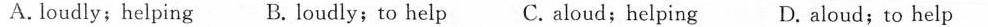
A. loudly;helping B. Loudly;to help C.aloud;helping D. aloud;to help